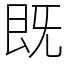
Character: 既